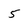
Character: 5